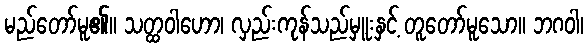
မည်တော်မူ၏။ သတ္ထဝါဟော၊ လှည်းကုန်သည်မှူးနှင့် တူတော်မူသော။ ဘဂဝါ၊